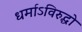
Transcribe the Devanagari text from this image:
धर्माऽविरुद्धो